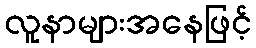
လူနာများအနေဖြင့်